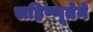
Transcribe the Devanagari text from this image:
सहिष्णूतेने